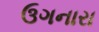
ઉગનારા